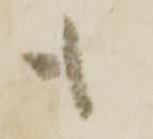
も